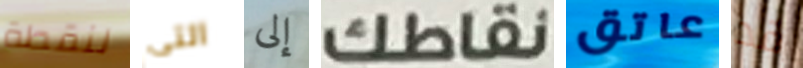
لنقطة التى إلى نقاطك عاتق قد